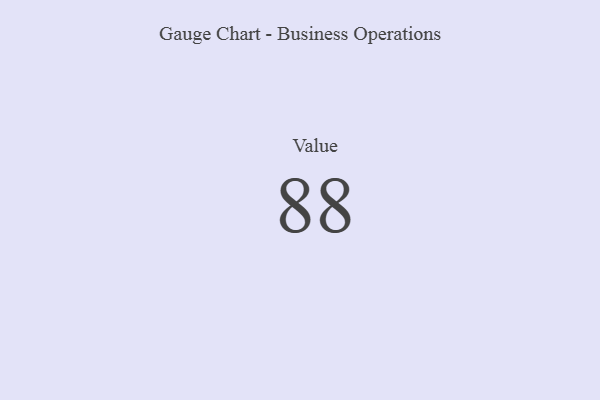
{"axis": {"x": "Metric", "y": "Value"}, "legend": [""], "data": [{"x": "Value", "y": 88, "type": ""}]}